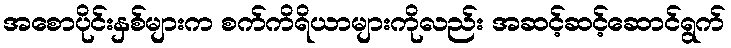
အစောပိုင်းနှစ်များက စက်ကိရိယာများကိုလည်း အဆင့်ဆင့်ဆောင်ရွက်